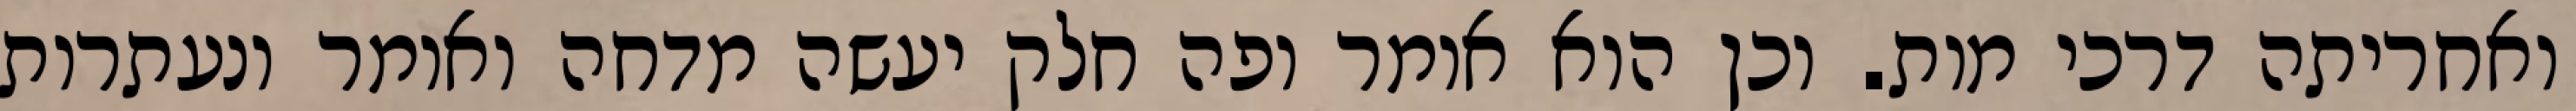
ואחריתה דרכי מות. וכן הוא אומר ופה חלק יעשה מדחה ואומר ונעתרות